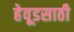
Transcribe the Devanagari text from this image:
हेवूडसाठी